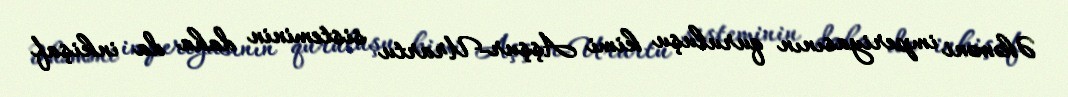
Əhəməni imperiyasının quruluşu kimi Aşşur-Urartu sisteminin daha da inkişaf